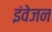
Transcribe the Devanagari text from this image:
इंवेजन